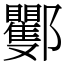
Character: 䣤